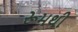
રૂમથી